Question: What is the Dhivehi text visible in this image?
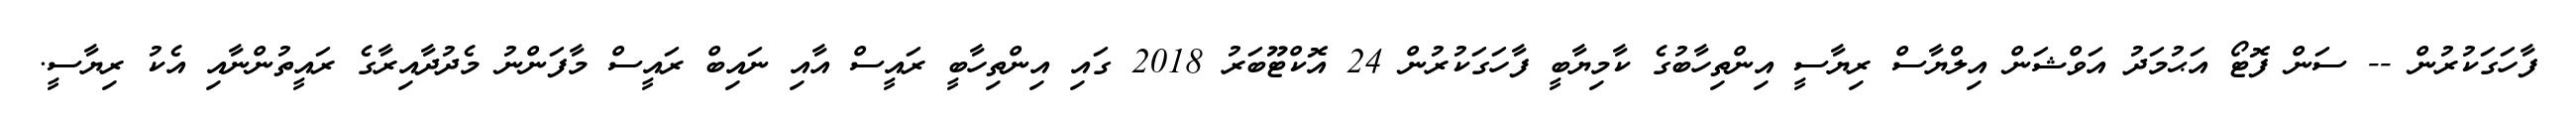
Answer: ފާހަގަކުރުން -- ސަން ފޮޓޯ އަޙުމަދު އަވްޝަން އިލްޔާސް ރިޔާސީ އިންތިހާބުގެ ކާމިޔާބީ ފާހަގަކުރުން 24 އޮކްޓޫބަރު 2018 ގައި އިންތިހާބީ ރައީސް އާއި ނައިބް ރައީސް މާފަންނު މެދުދާއިރާގެ ރައީތުންނާއި އެކު ރިޔާސީ.